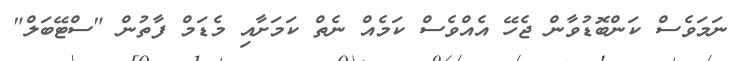
ނަމަވެސް ކަންބޮޑުވާން ޖެހޭ އެއްވެސް ކަމެއް ނެތް ކަމަށާއި މެޑަމް ފާތުން "ސްޓޭބަލް"